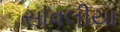
સાવલીયા